Scottish Leaving Certificate Examination, 1958
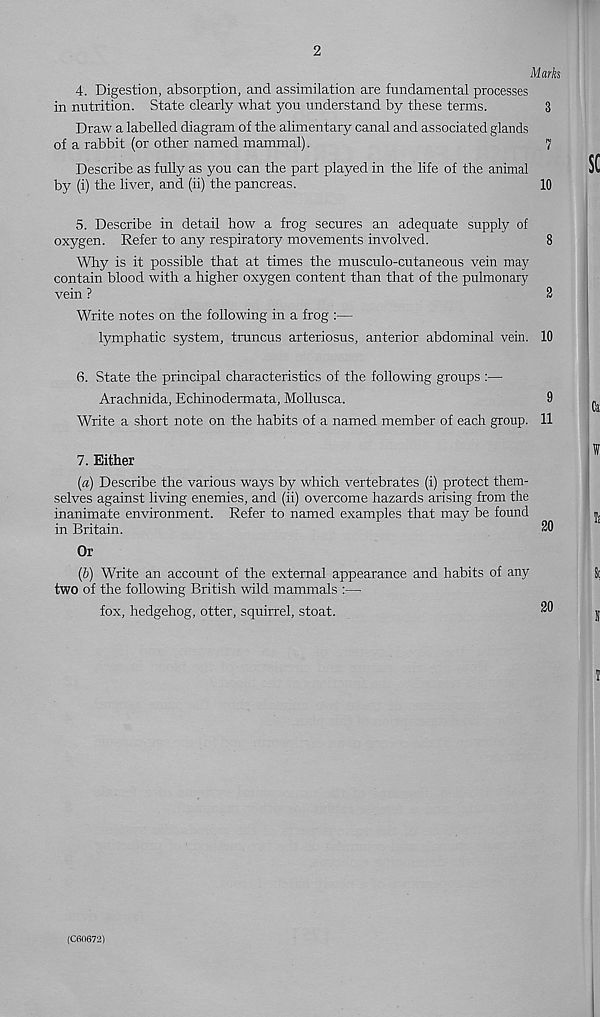
2
Marks
4. Digestion, absorption, and assimilation are fundamental processes
in nutrition. State clearly what you understand by these terms.
3
Draw a labelled diagram of the alimentary canal and associated glands
of a rabbit (or other named mammal).
7
Describe as fully as you can the part played in the life of the animal
by (i) the liver, and (ii) the pancreas.
10
5. Describe in detail how a frog secures an adequate supply of
oxygen. Refer to any respiratory movements involved.
8
Why is it possible that at times the musculo-cutaneous vein may
contain blood with a higher oxygen content than that of the pulmonary
vein ?
3
Write notes on the following in a frog :—
lymphatic system, truncus arteriosus, anterior abdominal vein. 10
6. State the principal characteristics of the following groups :—
Arachnida, Echinodermata, Mollusca.
9
Write a short note on the habits of a named member of each group. 11
7. Either
(a) Describe the various ways by which vertebrates (i) protect them-
selves against living enemies, and (ii) overcome hazards arising from the
inanimate environment. Refer to named examples that may be found
in Britain.
20
Or
(b) Write an account of the external appearance and habits of any
two of the following British wild mammals :—
fox, hedgehog, otter, squirrel, stoat.
20
(C60672)